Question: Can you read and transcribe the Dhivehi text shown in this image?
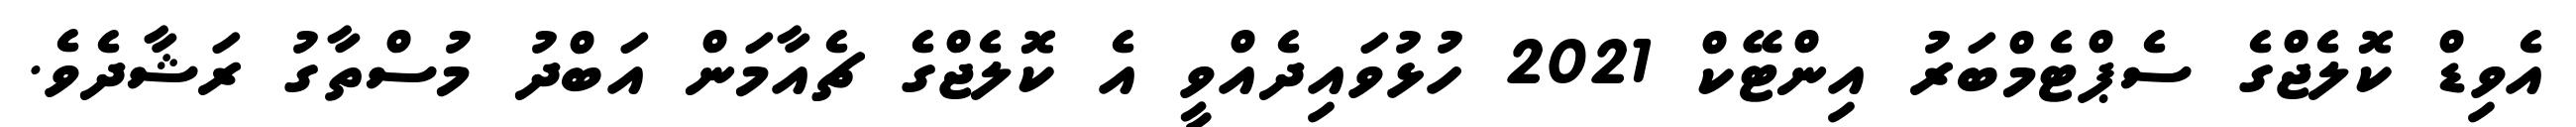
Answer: އެވިޑް ކޮލެޖްގެ ސެޕްޓެމްބަރު އިންޓޭކް 2021 ހުޅުވައިދެއްވީ އެ ކޮލެޖްގެ ޗެއާމަން އަބްދު މުސްތާގު ރަޝާދެވެ.